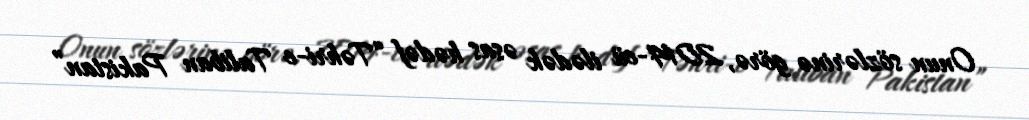
Onun sözlərinə görə, 2014-cü ilədək əsas hədəf “Təhri-e Taliban Pakistan”